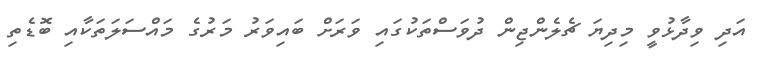
އަދި ވިދާޅުވީ މިދިޔަ ޗެލެންޖިން ދުވަސްތަކުގައި ވަރަށް ބައިވަރު މަރުގެ މައްސަލަތަކާއި ބޮޑެތި